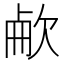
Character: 欳